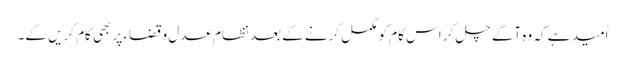
اُمید ہے کہ وہ آگے چل کر اس کام کو مکمل کرنے کے بعد نظام عدل وقضاء پر بھی کام کریں گے۔